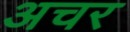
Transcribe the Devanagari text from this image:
अचर